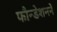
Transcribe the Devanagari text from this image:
फौन्डेशनने